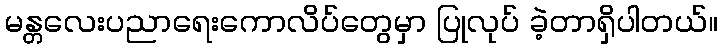
မန္တလေးပညာရေးကောလိပ်တွေမှာ ပြုလုပ် ခဲ့တာရှိပါတယ်။